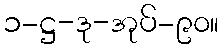
၁-ဋ္ဌ-ဒု-အုပ်-၉၀။